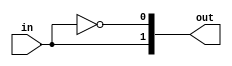
// This program was cloned from: https://github.com/aolofsson/oh
// License: MIT License

//#############################################################################
//# Function: Binary to one hot encoder                                       #
//#############################################################################
//# Author:   Andreas Olofsson                                                #
//# License:  MIT (see LICENSE file in OH! repository)                        #
//#############################################################################

module oh_bin2onehot
  #(parameter  N  = 2, // output vector width
    parameter  NB = $clog2(N) // binary encoded input
    )
   (
    input [NB-1:0] in, // unsigned binary input
    output [N-1:0] out   // one hot output vector
    );

   genvar 	   i;
   for(i=0;i<N;i=i+1) begin: gen_onehot
      assign out[i] = (in[NB-1:0] == i);
   end
endmodule // oh_bin2onehot